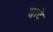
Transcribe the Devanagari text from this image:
छाटे